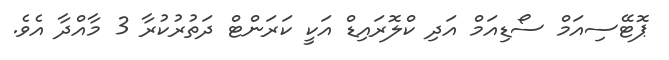
ޕޮޓޭސިއަމް ސޯޑިއަމް އަދި ކްލޮރައިޑް އަކީ ކަރަންޓް ދަތުރުކުރާ 3 މާއްދާ އެވެ.